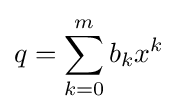
q=\sum _{k=0}^{m}b_{k}x^{k}